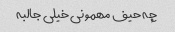
چه حیف مهمونی خیلی جالبه